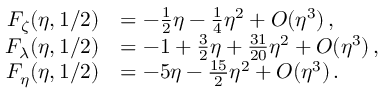
\begin{array} { r l } { F _ { \zeta } ( \eta , 1 / 2 ) } & { = - \frac { 1 } { 2 } \eta - \frac { 1 } { 4 } \eta ^ { 2 } + O ( \eta ^ { 3 } ) \, , } \\ { F _ { \lambda } ( \eta , 1 / 2 ) } & { = - 1 + \frac { 3 } { 2 } \eta + \frac { 3 1 } { 2 0 } \eta ^ { 2 } + O ( \eta ^ { 3 } ) \, , } \\ { F _ { \eta } ( \eta , 1 / 2 ) } & { = - 5 \eta - \frac { 1 5 } { 2 } \eta ^ { 2 } + O ( \eta ^ { 3 } ) \, . } \end{array}